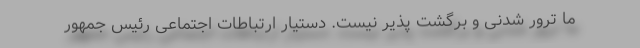
ما ترور شدنی و برگشت پذیر نیست. دستیار ارتباطات اجتماعی رئیس جمهور